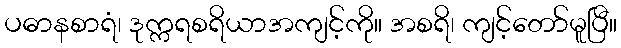
ပဓာနစာရံ၊ ဒုက္ကရစရိယာအကျင့်ကို။ အစရိ၊ ကျင့်တော်မူပြီ။